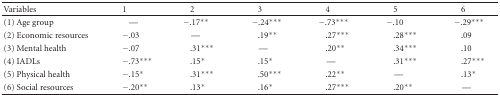
<table><thead><tr><td><b>Variables</b></td><td><b>1</b></td><td><b>2</b></td><td><b>3</b></td><td><b>4</b></td><td><b>5</b></td><td><b>6</b></td></tr></thead><tbody><tr><td>(1) Age group</td><td>—</td><td>−.17**</td><td>−.24***</td><td>−.73***</td><td>−.10</td><td>−.29***</td></tr><tr><td>(2) Economic resources</td><td>−.03</td><td>—</td><td>.19**</td><td>.27***</td><td>.28***</td><td>.09</td></tr><tr><td>(3) Mental health</td><td>−.07</td><td>.31***</td><td>—</td><td>.20**</td><td>.34***</td><td>.10</td></tr><tr><td>(4) IADLs</td><td>−.73***</td><td>.15*</td><td>.15*</td><td>—</td><td>.31***</td><td>.27***</td></tr><tr><td>(5) Physical health</td><td>−.15*</td><td>.31***</td><td>.50***</td><td>.22**</td><td>—</td><td>.13*</td></tr><tr><td>(6) Social resources</td><td>−.20**</td><td>.13*</td><td>.16*</td><td>.27***</td><td>.20**</td><td>—</td></tr></tbody></table>